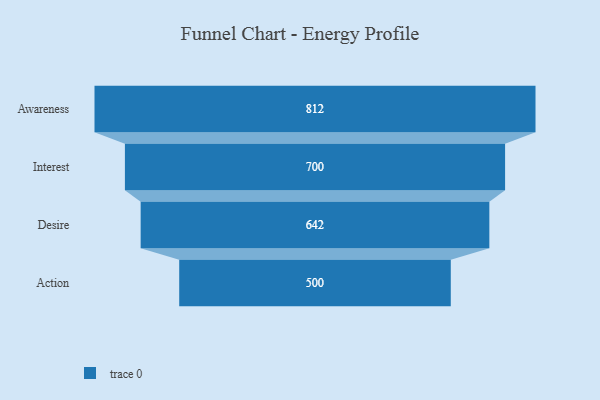
{"axis": {"x": "Stage", "y": "Value"}, "legend": [""], "data": [{"x": "Awareness", "y": 812.0, "type": ""}, {"x": "Interest", "y": 700.0, "type": ""}, {"x": "Desire", "y": 642.0, "type": ""}, {"x": "Action", "y": 500, "type": ""}]}